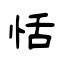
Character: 恬